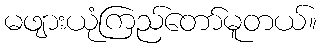
မဖျားယုံကြည်တော်မူတယ်။